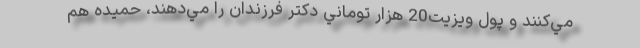
مي‌كنند و پول ويزيت20 هزار توماني دكتر فرزندان را مي‌دهند، حميده هم